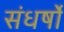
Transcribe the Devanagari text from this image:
संधर्षों